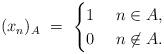
LaTeX: \begin{align*}(x_n)_A \ = \ \begin{cases} 1 \ \ \ \ n \in A, \\ 0 \ \ \ \ n \not\in A. \end{cases}\end{align*}